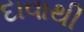
દાવાથી